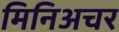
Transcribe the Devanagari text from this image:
मिनिअचर